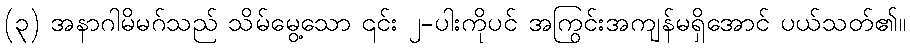
(၃) အနာဂါမိမဂ်သည် သိမ်မွေ့သော ၎င်း ၂-ပါးကိုပင် အကြွင်းအကျန်မရှိအောင် ပယ်သတ်၏။